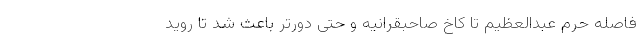
فاصله حرم عبدالعظیم تا کاخ صاحبقرانیه و حتی دورتر باعث شد تا روید